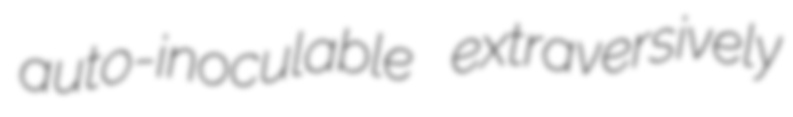
auto-inoculable extraversively